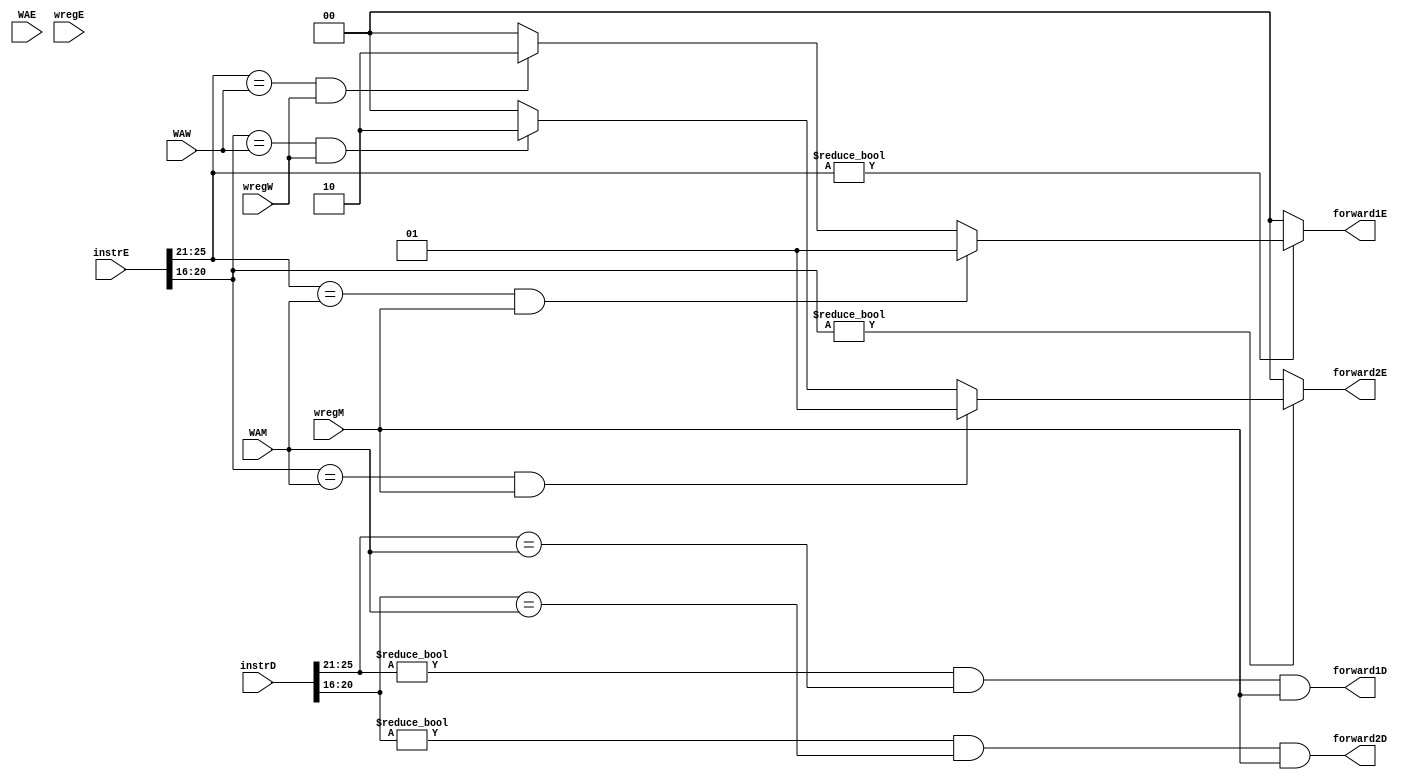
module forward(
		input [31:0]instrD, instrE,
		input [4:0] WAE,WAM, WAW,
		input wregE, wregM, wregW,
		output forward1D, forward2D,
		output reg [1:0] forward1E, forward2E
		);
		
		// M ->D      
		assign forward1D = (instrD[25:21] !=0 & instrD[25:21]  == WAM & wregM);
		assign forward2D = (instrD[20:16] !=0 & instrD[20:16]  == WAM & wregM);
		// M ->E    W ->E
		always @(*)
		begin
			forward1E = 2'b00; forward2E = 2'b00;
			if (instrE[25:21] != 0)
				if (instrE[25:21] == WAM & wregM)
						forward1E = 2'b01;  
				else if (instrE[25:21] == WAW & wregW) 
						forward1E = 2'b10;
			if (instrE[20:16] != 0)
				if (instrE[20:16] == WAM & wregM)
						forward2E = 2'b01; 
				else if (instrE[20:16] == WAW & wregW) 
						forward2E = 2'b10;
		end
endmodule